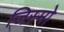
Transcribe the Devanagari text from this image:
जिस्मो